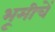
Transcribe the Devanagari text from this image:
भूमीचें